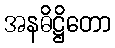
အနဓိဋ္ဌိတော